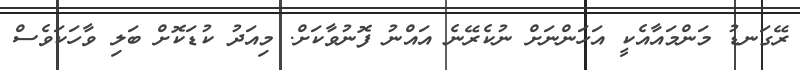
ރޭގަނޑު މަންމައާއެކީ އަހަންނަށް ނުކެރޭނެ އައްނު ފޮނުވާކަށް. މިއަދު ކުޑަކޮށް ބަލި ވާހަކަވެސް